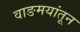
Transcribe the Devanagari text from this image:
वाङमयांतून